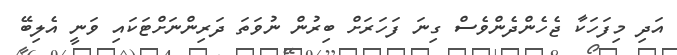
އަދި މިފަހަކާ ޖެހެންދެންވެސް ގިނަ ފަހަރަށް ބިރުން ނުވަތަ ދަރިންނަށްޓަކައި ވަނީ އެލިބޭ